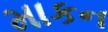
માકન